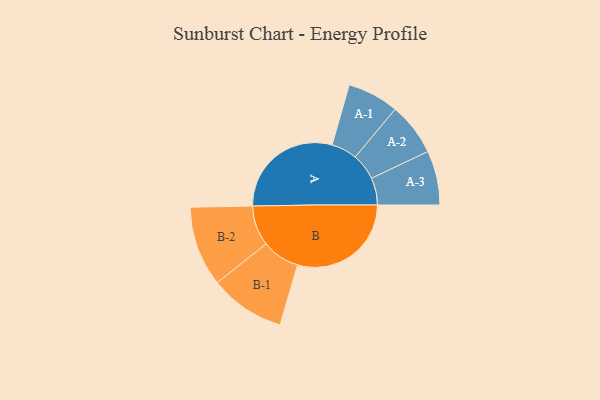
{"axis": {"x": "Segment", "y": "Value"}, "legend": ["", "A", "B"], "data": [{"x": "A", "y": 476, "type": ""}, {"x": "B", "y": 473, "type": ""}, {"x": "A-1", "y": 107, "type": "A"}, {"x": "A-2", "y": 110, "type": "A"}, {"x": "A-3", "y": 113, "type": "A"}, {"x": "B-1", "y": 157, "type": "B"}, {"x": "B-2", "y": 167, "type": "B"}]}